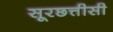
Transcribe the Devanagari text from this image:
सूरछत्तीसी